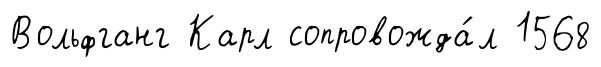
Вольфганг Карл сопровожда́л 1568